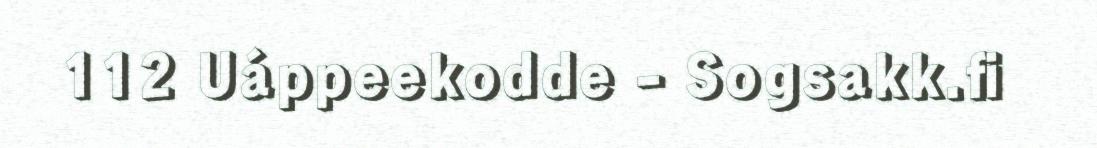
112 Uáppeekodde - Sogsakk.fi